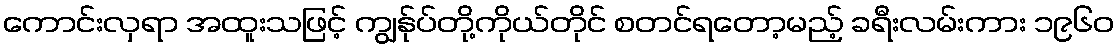
ကောင်းလှရာ အထူးသဖြင့် ကျွန်ုပ်တို့ကိုယ်တိုင် စတင်ရတော့မည့် ခရီးလမ်းကား ၁၉၆၀